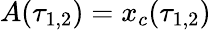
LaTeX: A(\tau_{1,2})=x_{c}(\tau_{1,2})